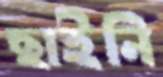
ছাইনি